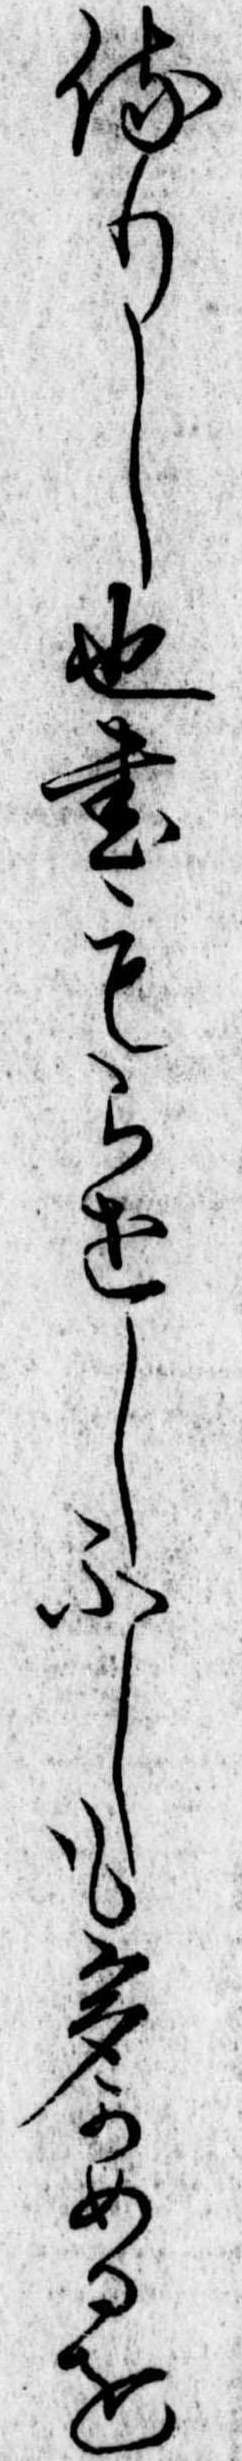
侍りし也書もらせしふしも多かめるを